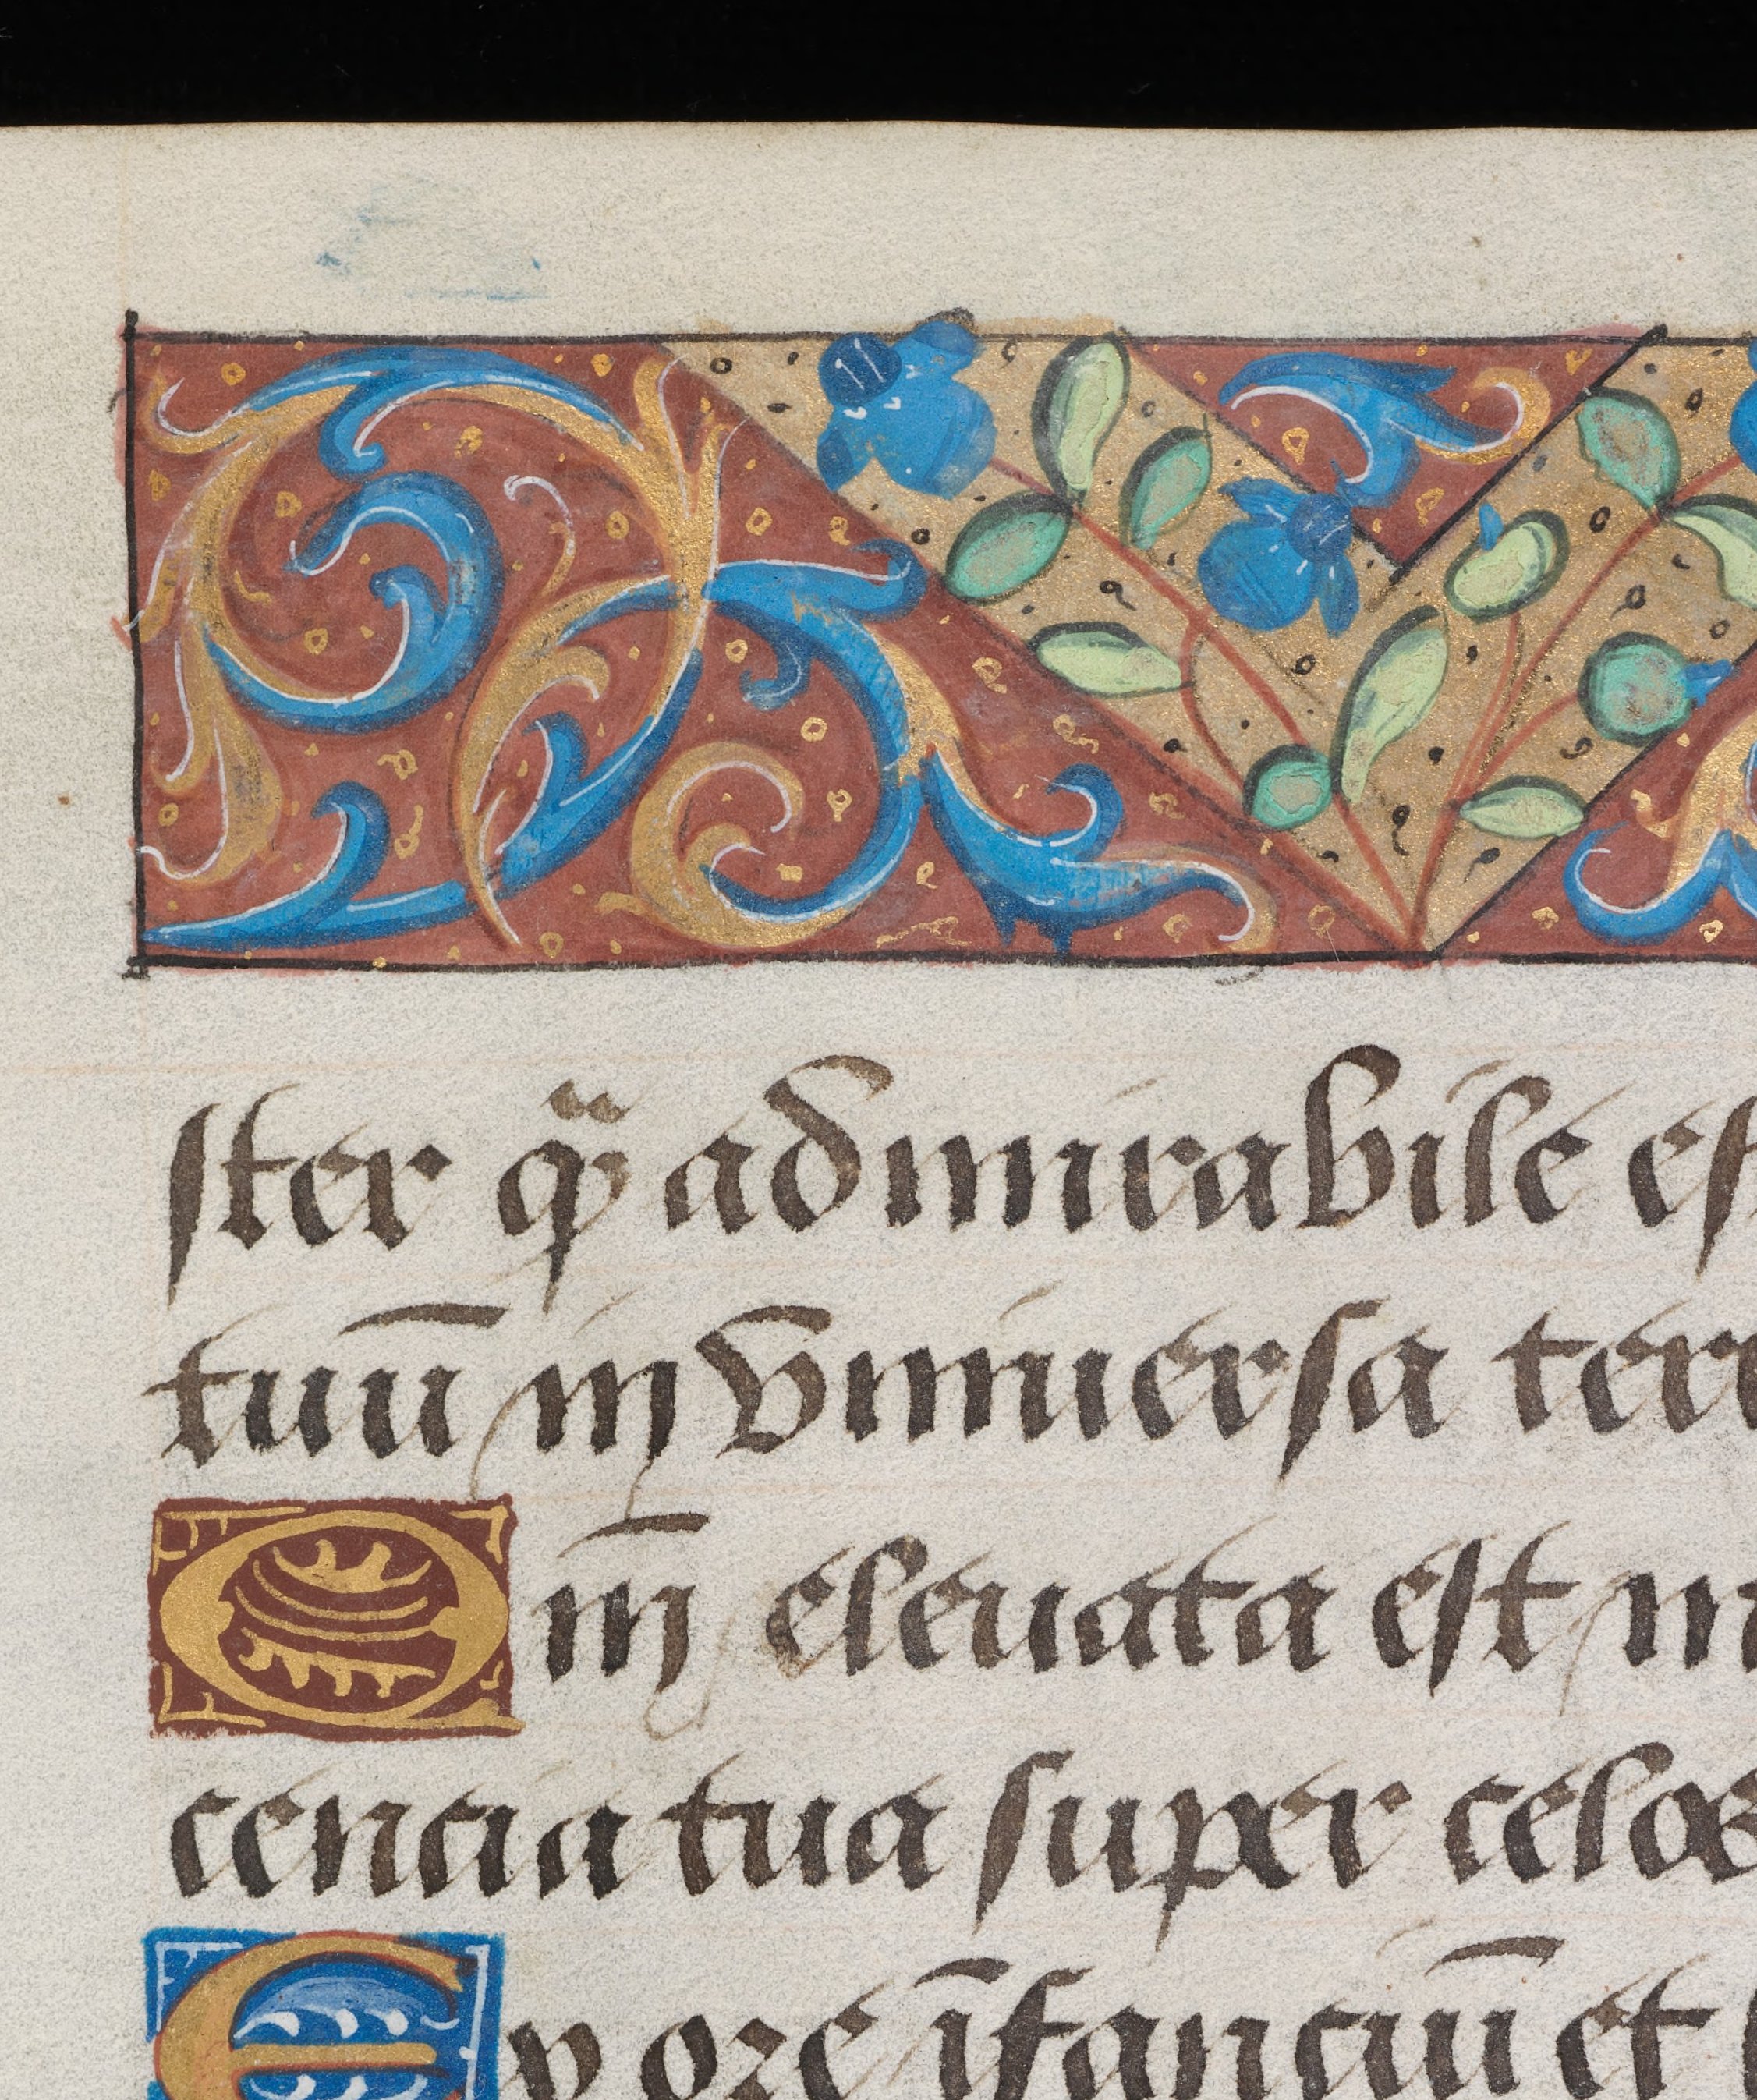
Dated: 1495–1498